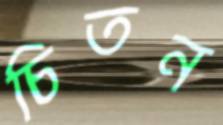
চিতন